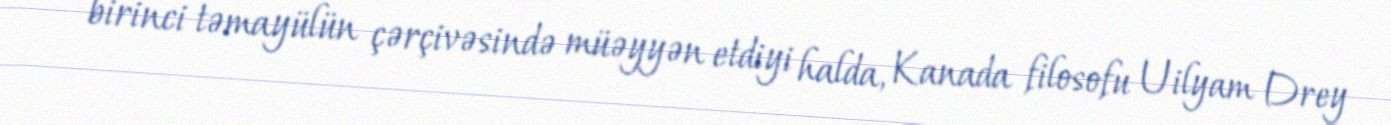
birinci təmayülün çərçivəsində müəyyən etdiyi halda, Kanada filosofu Uilyam Drey